Report of the King Institute of Preventive Medicine, Guindy
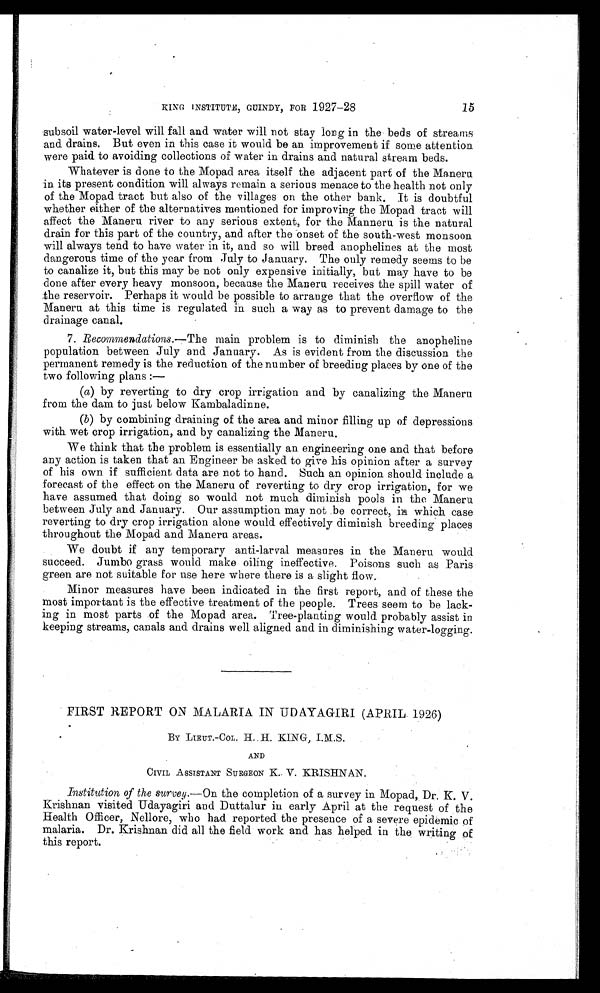
subsoil water-level will fall and water will not stay long in the beds of streams
and drains. But even in this case it would be an. improvement if some attention
were paid to avoiding collections of water in drains and natural stream beds.
Whatever is done to the Mopad area itself the adjacent part of the Maneru
in its present condition will always remain a serious menace to the health not only
of the Mopad tract but also of the villages on the other bank. It is doubtful
whether either of the alternatives mentioned for improving the Mopad tract will
affect the Maneru river to any serious extent, for the Manneru is the natural
drain for this part of the country, and after the onset of the south-west monsoon
will always tend to have water in it, and so will breed anophelines at the most
dangerous time of the year from July to January. The only remedy seems to be
to canalize it, but this may be not only expensive initially, but may have to be
done after every heavy monsoon, because the Maneru receives the spill water of
the reservoir. Perhaps it would be possible to arrange that the overflow of the
Maneru at this time is regulated in such a way as to prevent damage to the
drainage canal.
7. Recommendations.—The main problem is to diminish the anopheline
population between July and January. As is evident from the discussion the
permanent remedy is the reduction of the number of breeding places by one of the
two following plans:—
(a) by reverting to dry crop irrigation and by canalizing the Maneru
from the dam to just below Kambaladinne.
(b) by combining draining of the area and minor filling up of depressions
with wet crop irrigation, and by canalizing the Maneru.
We think that the problem is essentially an engineering one and that before
any action is taken that an Engineer be asked to give his opinion after a survey
of his own if sufficient data are not to hand. Such an opinion should include a
forecast of the effect on the Maneru of reverting to dry crop irrigation, for we
have assumed that doing so would not much diminish pools in the Maneru
between July and January. Our assumption may not be correct, in which case
reverting to dry crop irrigation alone would effectively diminish breeding places
throughout the Mopad and Maneru areas.
We doubt if any temporary anti-larval measures in the Maneru would
succeed. Jumbo grass would make oiling ineffective. Poisons such as Paris
green are not suitable for use here where there is a slight flow.
Minor measures have been indicated in the first report, and of these the
most important is the effective treatment of the people. Trees seem to be lack-
ing in most parts of the Mopad area. Tree-planting would probably assist in
keeping streams, canals and drains well aligned and in diminishing water-logging.
FIRST REPORT ON MALARIA IN UDAYAGIRI (APRIL 1926)
BY LIEUT.-COL. H. H. KING, I.M.S.
AND
CIVIL ASSISTANT SURGEON K. V. KRISHNAN.
Institution of the survey. —On the completion of a survey in Mopad, Dr. K. V .
Krishnan visited Udayagiri and Duttalur in early April at the request of the
Health Officer, Nellore, who had reported the presence of a severe epidemic of
malaria. Dr. Krishnan did all the field work and has helped in the writing of
this report.